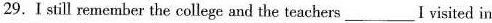
29.I still remember the college and the teachers___I visited in